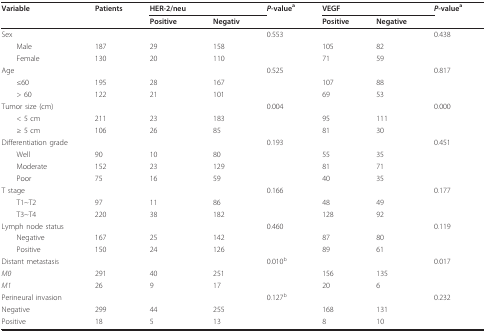
| Variable | Patients | HER-2/neu |  | P-valuea | VEGF |  | P-valuea |
 |  |  | Positive | Negativ |  | Positive | Negative |  |
 | --- | --- | --- | --- | --- | --- | --- | --- |
 | Sex |  |  |  | 0.553 |  |  | 0.438 |
 | Male | 187 | 29 | 158 |  | 105 | 82 |  |
 | Female | 130 | 20 | 110 |  | 71 | 59 |  |
 | Age |  |  |  | 0.525 |  |  | 0.817 |
 | ≤60 | 195 | 28 | 167 |  | 107 | 88 |  |
 | > 60 | 122 | 21 | 101 |  | 69 | 53 |  |
 | Tumor size (cm) |  |  |  | 0.004 |  |  | 0.000 |
 | < 5 cm | 211 | 23 | 183 |  | 95 | 111 |  |
 | ≥ 5 cm | 106 | 26 | 85 |  | 81 | 30 |  |
 | Differentiation grade |  |  |  | 0.193 |  |  | 0.451 |
 | Well | 90 | 10 | 80 |  | 55 | 35 |  |
 | Moderate | 152 | 23 | 129 |  | 81 | 71 |  |
 | Poor | 75 | 16 | 59 |  | 40 | 35 |  |
 | T stage |  |  |  | 0.166 |  |  | 0.177 |
 | T1~T2 | 97 | 11 | 86 |  | 48 | 49 |  |
 | T3~T4 | 220 | 38 | 182 |  | 128 | 92 |  |
 | Lymph node status |  |  |  | 0.460 |  |  | 0.119 |
 | Negative | 167 | 25 | 142 |  | 87 | 80 |  |
 | Positive | 150 | 24 | 126 |  | 89 | 61 |  |
 | Distant metastasis |  |  |  | 0.010b |  |  | 0.017 |
 | M0 | 291 | 40 | 251 |  | 156 | 135 |  |
 | M1 | 26 | 9 | 17 |  | 20 | 6 |  |
 | Perineural invasion |  |  |  | 0.127b |  |  | 0.232 |
 | Negative | 299 | 44 | 255 |  | 168 | 131 |  |
 | Positive | 18 | 5 | 13 |  | 8 | 10 |  |